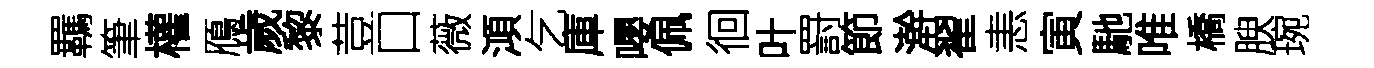
羈筆權鴈歲黎荳口薇澒乞庫嚶佩徊叶罸節澣翟恚寅馳唯橋腴琬